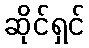
ဆိုင်ရှင်